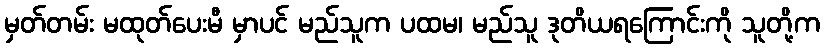
မှတ်တမ်း မထုတ်ပေးမီ မှာပင် မည်သူက ပထမ၊ မည်သူ ဒုတိယရကြောင်းကို သူတို့က